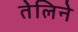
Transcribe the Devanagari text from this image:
तेलिने